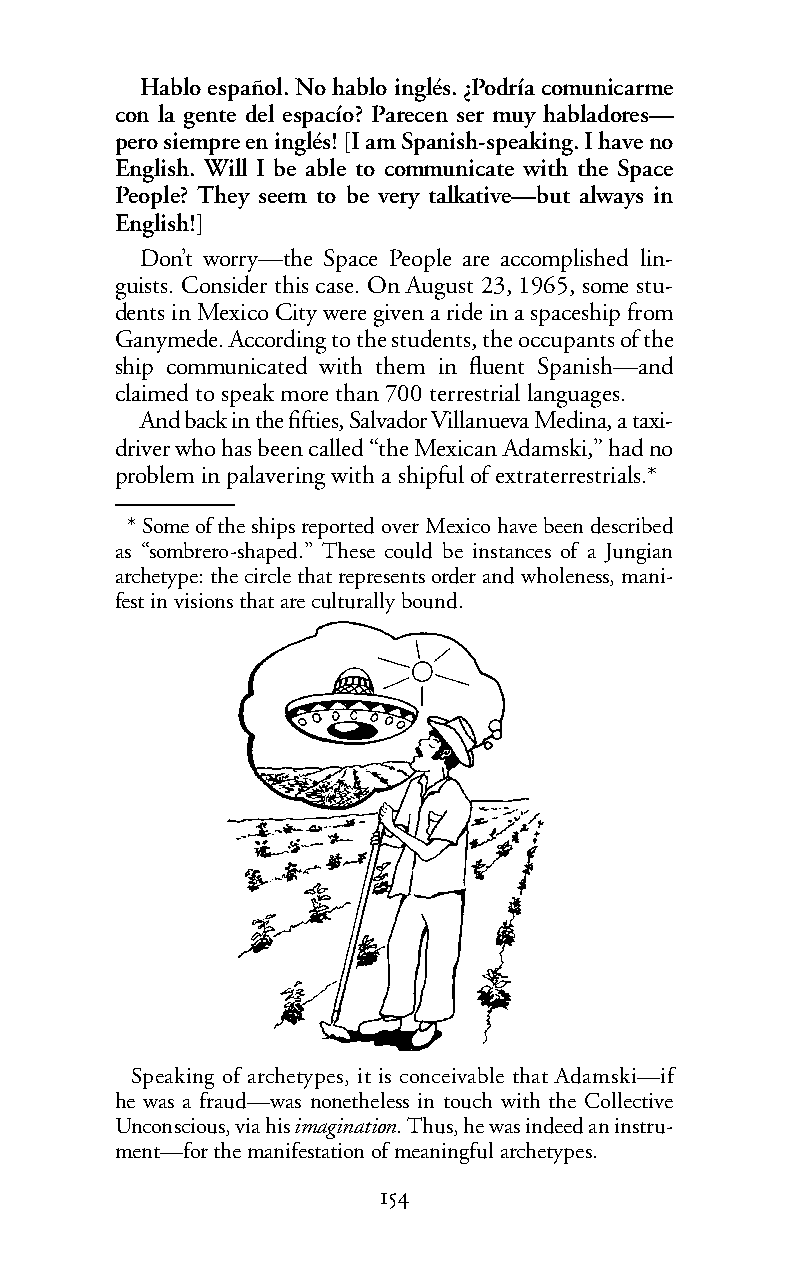
Hablo español. No hablo inglés. ¿Podría comunicarme
 con la gente del espacío? Parecen ser muy habladores—
 pero siempre en inglés! [I am Spanish-speaking. I have no
 English. Will I be able to communicate with the Space
 People? They seem to be very talkative—but always in
 English!]
 Don’t worry—the Space People are accomplished lin-
 guists. Consider this case. On August 23, 1965, some stu-
 dents in Mexico City were given a ride in a spaceship from
 Ganymede. According to the students, the occupants of the
 ship communicated with them in fluent Spanish—and
 claimed to speak more than 700 terrestrial languages.
 Andback in the fifties, Salvador Villanueva Medina, a taxi-
 driver who has been called “the Mexican Adamski,” had no
 problem in palavering with a shipful of extraterrestrials.*
 *Some of the ships reported over Mexico have been described
 as “sombrero-shaped.” These could be instances of a Jungian
 archetype: the circle that represents order and wholeness, mani-
 fest in visions that are culturally bound.
 Speaking of archetypes, it is conceivable that Adamski—if
 he was a fraud—was nonetheless in touch with the Collective
 Unconscious, via hisimagination.Thus, he was indeed an instru-
 ment—forthemanifestation of meaningful archetypes.
 